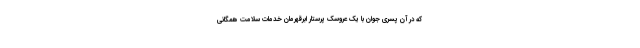
که در آن پسری جوان با یک عروسک پرستار ابرقهرمان خدمات سلامت همگانی